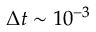
\Delta t \sim 1 0 ^ { - 3 }